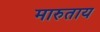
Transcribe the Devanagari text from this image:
मारुताय